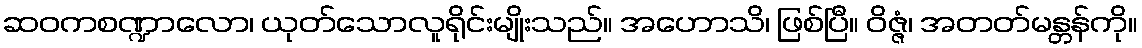
ဆဝကစဏ္ဍာလော၊ ယုတ်သောလူရိုင်းမျိုးသည်။ အဟောသိ၊ ဖြစ်ပြီ။ ဝိဇ္ဇံ၊ အတတ်မန္တန်ကို။